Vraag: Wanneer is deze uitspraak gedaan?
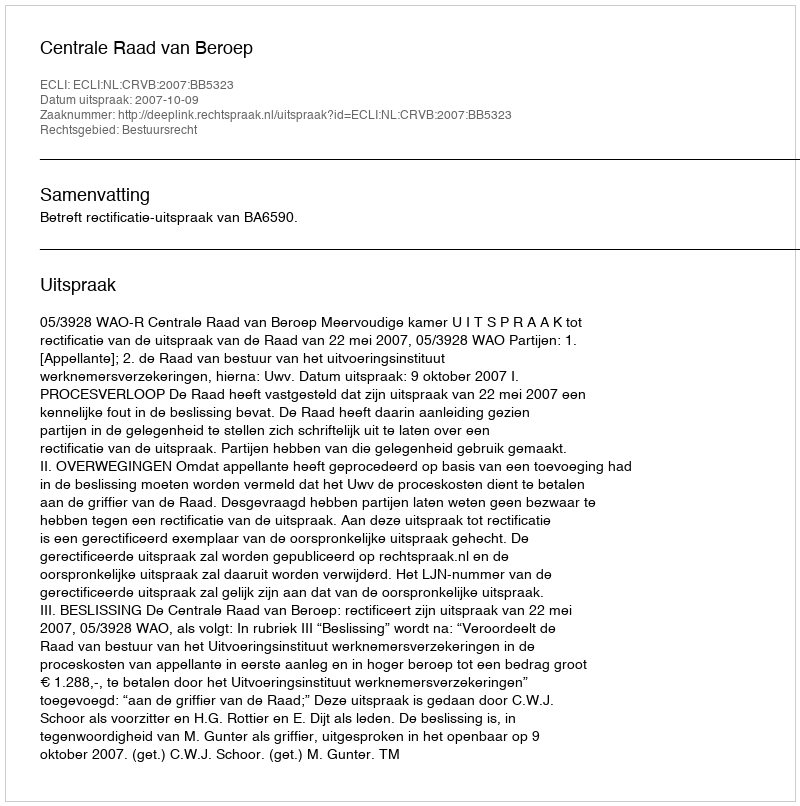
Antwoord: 2007-10-09